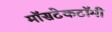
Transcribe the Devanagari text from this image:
मॉसटेकटॉमी